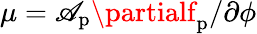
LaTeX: \mu=\mathscr{A}_{\mathrm{{p}}}\partialf_{\mathrm{{p}}}/\partial\phi